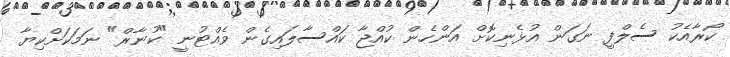
ކޯރާއެކު ސެލްފީ ނަގަން އުޅެނިކޮށް އަންހެން ކުއްޖާ ކައްސާލައިގެން ވެއްޓުނީ "ކުނާރް" ނަމަކަށްކިޔާ